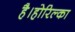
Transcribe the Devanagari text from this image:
है।होरिल्का